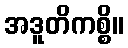
အဒူတိကစ္စိ။